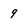
Character: 9